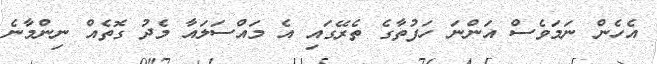
އެހެން ނަމަވެސް އަންނަ ހަފުތާގެ ތެރޭގައި އެ މައްސަލައާ މެދު ގޮތެއް ނިންމާނެ